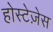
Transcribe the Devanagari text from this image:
होस्टेज़ेस